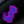
هي